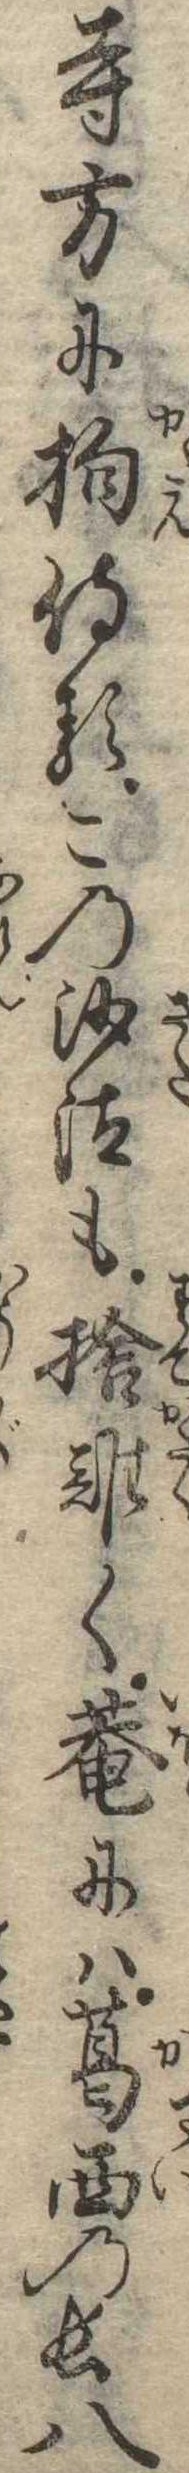
寺方に抱侍るこの沙汰も捨難く庵には葛西の長八